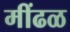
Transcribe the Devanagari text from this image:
मींढळ